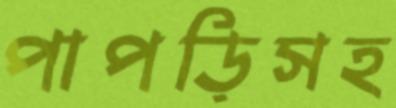
পাপড়িসহ